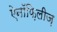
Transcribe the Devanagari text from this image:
ऐनॉफ़िलीज़